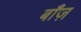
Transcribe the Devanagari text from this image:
बाँज़